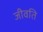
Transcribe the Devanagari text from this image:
जीवति